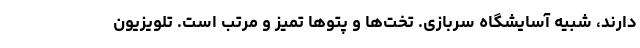
دارند، شبیه آسایشگاه سربازی. تخت‌ها و پتوها تمیز و مرتب است. تلویزیون